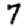
Digit: 7